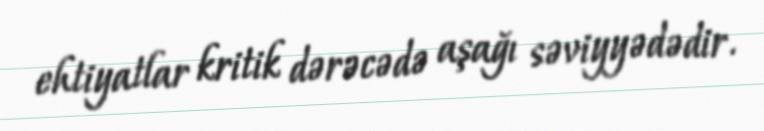
ehtiyatlar kritik dərəcədə aşağı səviyyədədir.